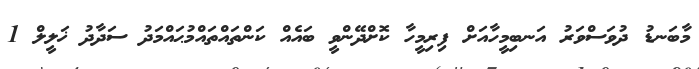
މާބަނޑު ދުވަސްވަރު އަނބިމީހާއަށް ފިރިމީހާ ކޮށްދޭންވީ ބައެއް ކަންތައްތައްމުޙައްމަދު ސަދާދު ޚަލީލް 1